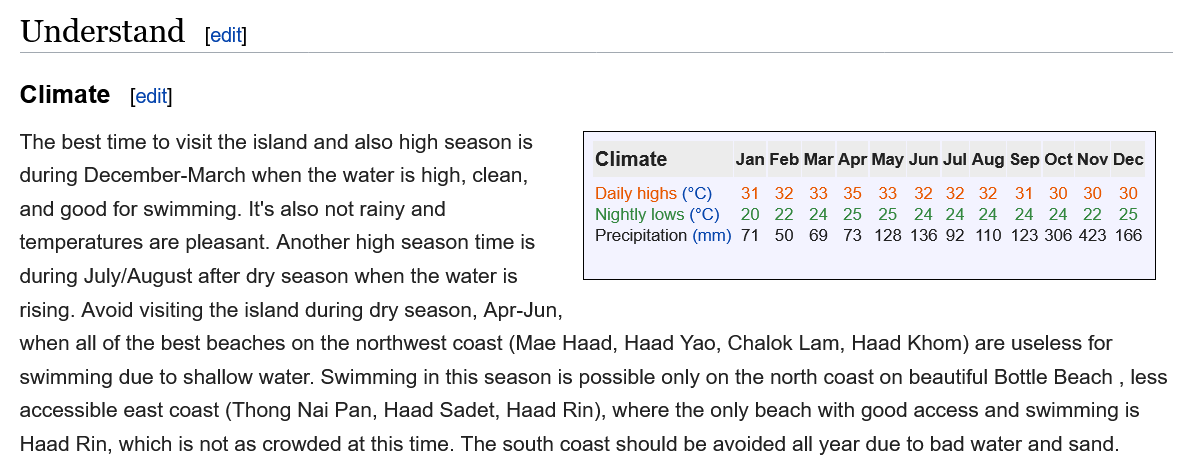
Understand
  Climate
     [edit]
     [edit]
     Jan Feb Mar Apr May Jun Jul Aug Sep Oct Nov Dec Climate
     Daily highs (°C)
     Nightly lows (°C)
     Precipitation (mm)
     31 32 33 35 33 32 32 32 31 30 30 30
     20 22 24 25 25 24 24 24 24 24 22 25
     71 50 69 73 128 136 92 110 123 306 423 16¢